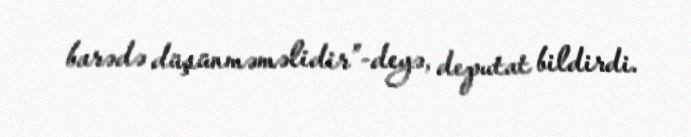
barədə düşünməməlidir”-deyə, deputat bildirdi.